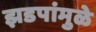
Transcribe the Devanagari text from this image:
झडपांमुळे